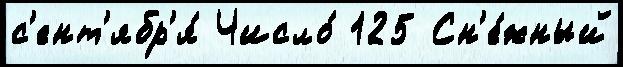
с'ент'ябр'я́ Число́ 125 Сн'е́жный